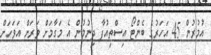
އުމުރުން 45 އަހަރުގެ ބެންޓޯ އިސްތިއުފާ ދިނުމުން އެ މަގާމަށް ވަރަށް އަވަހަށް